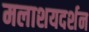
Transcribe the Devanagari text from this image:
मलाशयदर्शन